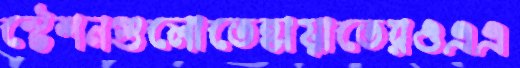
স্টেশনগুলোতেহায়াতেরওএএ